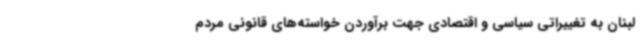
لبنان به تغییراتی سیاسی و اقتصادی جهت برآوردن خواسته‌های قانونی مردم